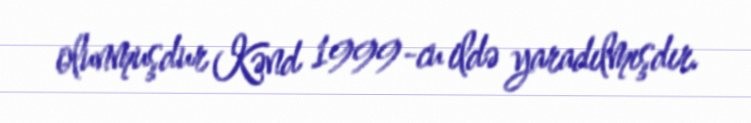
olunmuşdur Kənd 1999-cu ildə yaradılmışdır.